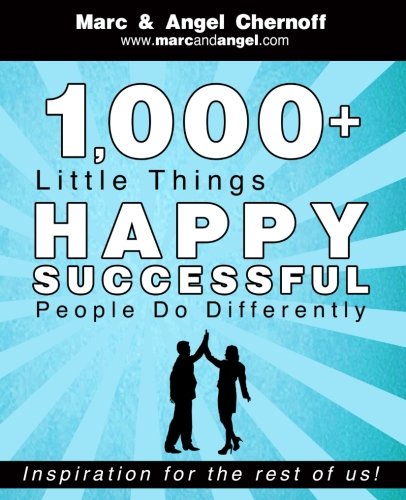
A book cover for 1,000+ Little Things Happy Successful People Do Differently; Marc Chernoff; Self-Help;